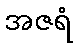
အဇရံ